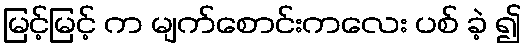
မြင့်မြင့် က မျက်စောင်းကလေး ပစ် ခဲ့ ၍